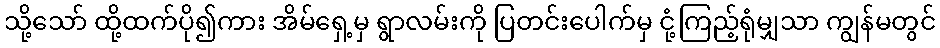
သို့သော် ထို့ထက်ပို၍ကား အိမ်ရှေ့မှ ရွာလမ်းကို ပြတင်းပေါက်မှ ငုံ့ကြည့်ရုံမျှသာ ကျွန်မတွင်